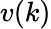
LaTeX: v(k)